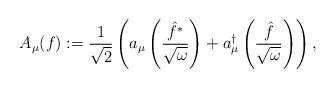
LaTeX: \begin{align*}A_\mu (f) := \frac{1}{\sqrt{2}}\left(a_\mu \left( \frac{\hat{f^*}}{\sqrt{\omega }} \right) + a_\mu ^\dagger \left( \frac{\hat{f}}{\sqrt{\omega}} \right)\right) ,\end{align*}